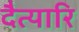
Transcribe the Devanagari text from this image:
दैत्यारि